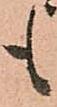
も